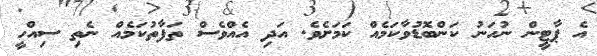
އެ ޕާޓީން ނުހަނު ކަންބޮޑުވާކަމެއް ކަމަށެވެ. އަދި އެއްވެސް ތަފާތުކަމެއް ނެތި ސިއްހީ